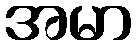
အမာ